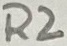
Text: R2